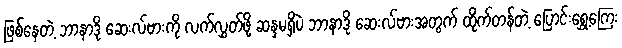
ဖြစ်နေတဲ့ ဘာနာဒို ဆေးလ်ဗားကို လက်လွှတ်ဖို့ ဆန္ဒမရှိပဲ ဘာနာဒို ဆေးလ်ဗားအတွက် ထိုက်တန်တဲ့ ပြောင်းရွှေ့ကြေး